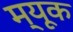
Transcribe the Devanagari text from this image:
म्यूक